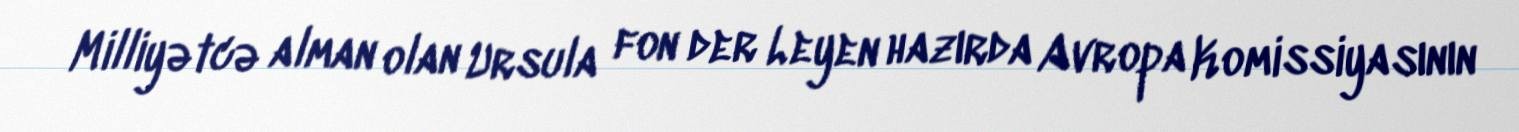
Milliyətcə alman olan Ursula fon der Leyen hazırda Avropa Komissiyasının